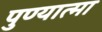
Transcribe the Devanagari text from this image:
पुण्‍यात्‍मा